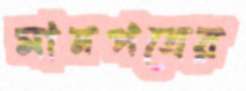
মানপত্রের